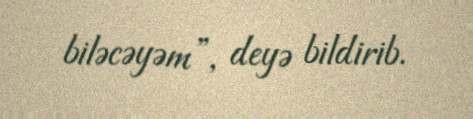
biləcəyəm”, deyə bildirib.